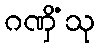
ဂဏှိံသု